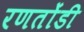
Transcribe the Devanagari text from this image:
रणतोंडी